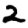
Digit: 2